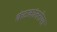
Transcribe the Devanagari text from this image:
कंटकांतरोया